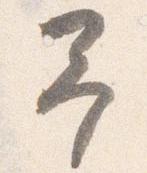
予